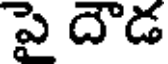
పై దౌడ